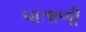
પાતાળી